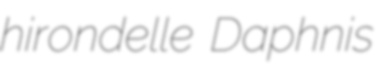
hirondelle Daphnis